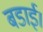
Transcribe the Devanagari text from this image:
बडाई।